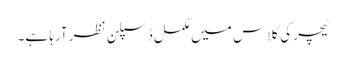
ٹیچر کی کلاس میں مکمل ڈسپلن نظر آرہا ہے۔